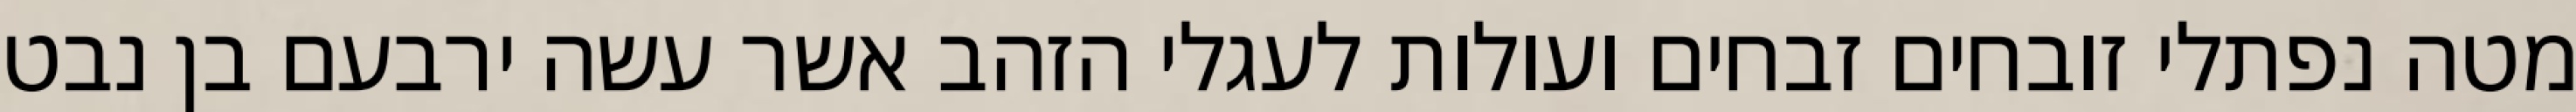
מטה נפתלי זובחים זבחים ועולות לעגלי הזהב אשר עשה ירבעם בן נבט